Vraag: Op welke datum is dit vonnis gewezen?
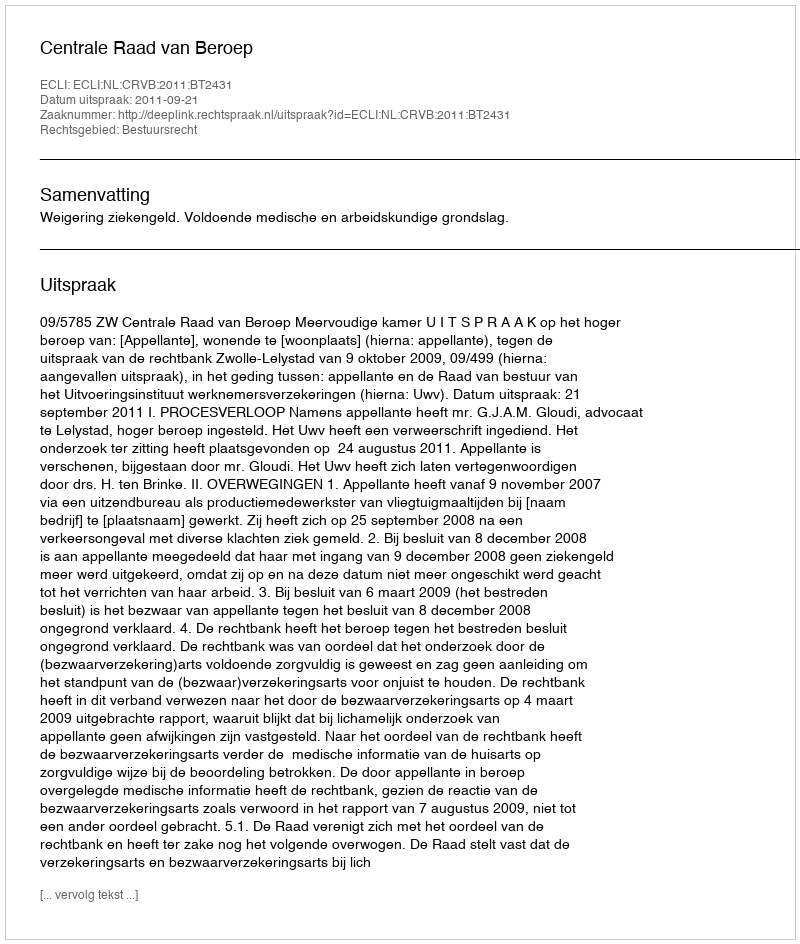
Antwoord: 2011-09-21